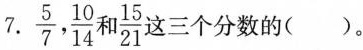
7. \frac{5}{7}，\frac{10}{14}和 \frac{15}{21}这 三个分数的()。